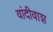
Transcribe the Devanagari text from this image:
वांदीवाश